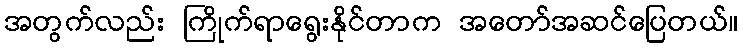
အတွက်လည်း ကြိုက်ရာရွေးနိုင်တာက အတော်အဆင်ပြေတယ်။